Note on the mental hospitals in Burma - 1925-1940
Year: 1925
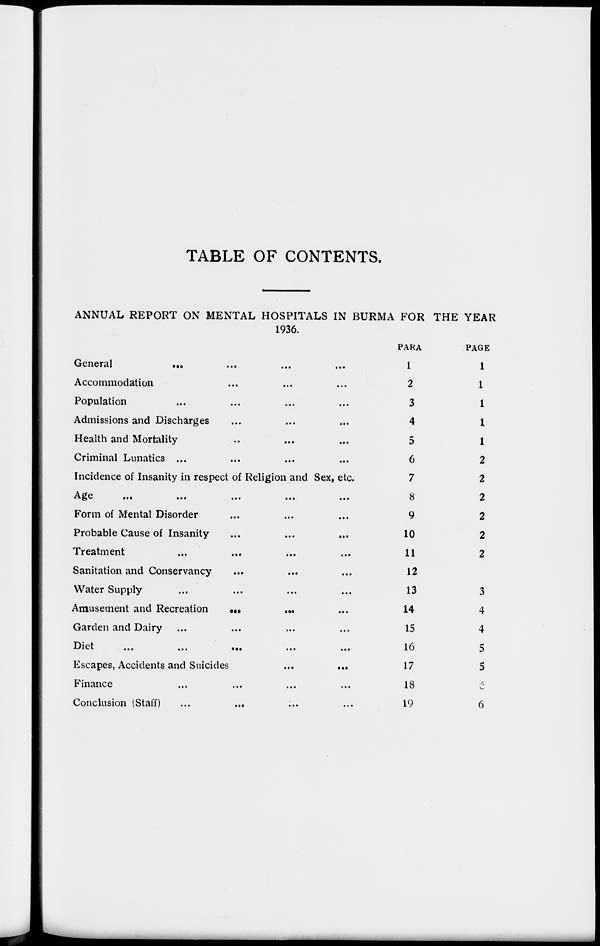
TABLE OF CONTENTS.
ANNUAL REPORT ON MENTAL HOSPITALS IN BURMA FOR THE YEAR
1936.
General ... ... ... ...
Accommodation ... ... ...
Population ... ... ... ...
Admissions and Discharges ... ... ...
Health and Mortality ... ... ...
Criminal Lunatics ... ... ... ...
Incidence of Insanity in respect of Religion and Sex, etc.
Age
...
...
...
...
...
Form of Mental Disorder ... ... ...
Probable Cause of Insanity ... ... ...
Treatment
...
...
...
...
Sanitation and Conservancy ... ... ...
Water Supply ... ... ... ...
Amusement and Recreation
...
...
...
Garden and Dairy ... ... ... ...
Died
...
...
...
...
...
Escapes, Accidents and Suicides
...
...
Finance ... ... ... ...
Conclusion (Staff) ... ... ... ...
PARA
1
2
3
4
5
6
7
8
9
10
11
12
13
14
15
16
17
18
19
PAGE
1
1
1
1
1
2
2
2
2
2
2
3
4
4
5
5
6
6